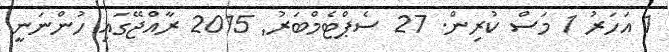
1 އަހަރު 1 މަސް ކުރިން. 27 ސެޕްޓެމްބަރު